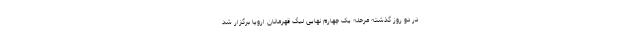
در دو روز گذشته مرحله یک چهارم نهایی لیگ قهرمانان اروپا برگزار شد